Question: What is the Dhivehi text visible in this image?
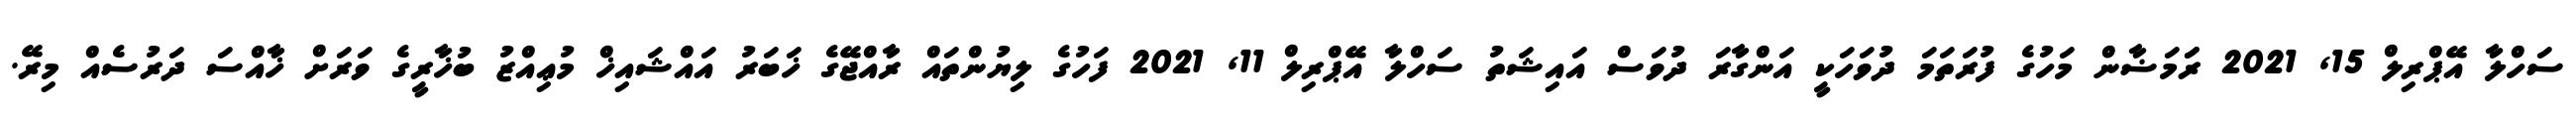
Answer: ސަހްލާ އޭޕްރިލް 15, 2021 ރަަމަޟާން މަހުގެ ފުރަތަމަ ދުވަހަކީ އަންގާރަ ދުވަސް އައިޝަތު ސަހްލާ އޭޕްރިލް 11, 2021 ފަހުގެ ލިޔުންތައް ރާއްޖޭގެ ޚަބަރު އައްޝައިޚް މުޢިއްޒު ބުޚާރީގެ ވަރަށް ޚާއްސަ ދަރުސެއް މިރޭ.